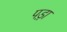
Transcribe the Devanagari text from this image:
पड़़ा